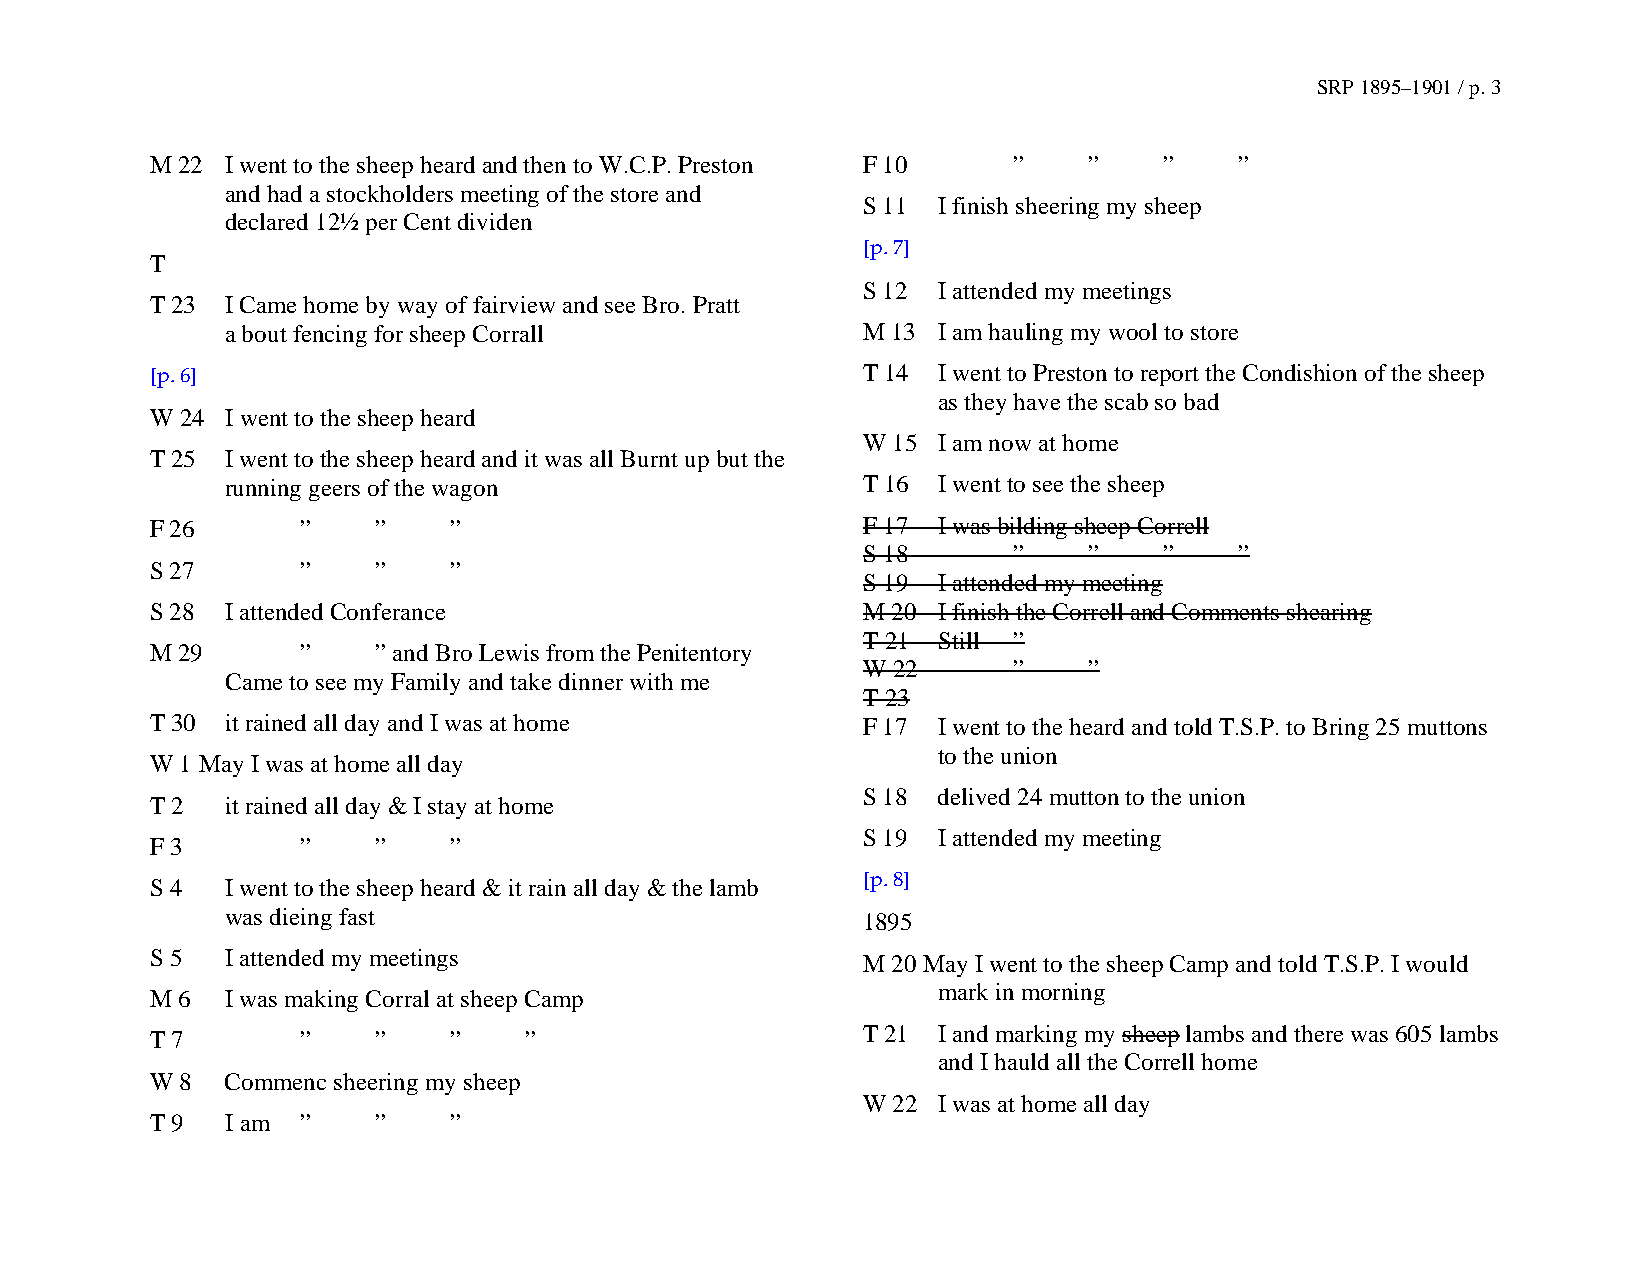
SRP 1895–1901 / p. 3
 M 22 I went to the sheep heard and then to W.C.P. Preston F 10 ” ” ”    ”
 and had a stockholders meeting of the store and
 S 11 I finish sheering my sheep
 declared 12½ per Cent dividen
 [p. 7]
 T
 S 12 I attended my meetings
 T 23 I Came home by way of fairview and see Bro. Pratt
 a bout fencing for sheep Corrall          M 13 I am hauling my wool to store
 [p. 6]                                         T 14 I went to Preston to report the Condishion of the sheep
 as they have the scab so bad
 W 24 I went to the sheep heard
 W 15 I am now at home
 T 25 I went to the sheep heard and it was all Burnt up but the
 running geers of the wagon                T 16 I went to see the sheep
 F 26      ”    ”    ”                          F 17 I was bilding sheep Correll
 S 18      ”    ”    ”    ”
 S 27      ”    ”    ”
 S 19 I attended my meeting
 S 28 I attended Conferance                     M 20 I finish the Correll and Comments shearing
 T 21 Still ”
 M 29      ”    ” and Bro Lewis from the Penitentory
 W 22      ”    ”
 Came to see my Family and take dinner with me
 T 23
 T 30 it rained all day and I was at home       F 17 I went to the heard and told T.S.P. to Bring 25 muttons
 to the union
 W 1 May I was at home all day
 S 18 delived 24 mutton to the union
 T 2  it rained all day & I stay at home
 S 19 I attended my meeting
 F 3       ”    ”    ”
 S 4  I went to the sheep heard & it rain all day & the lamb [p. 8]
 was dieing fast                           1895
 S 5  I attended my meetings                    M 20 May I went to the sheep Camp and told T.S.P. I would
 mark in morning
 M 6  I was making Corral at sheep Camp
 T 21 I and marking my sheep lambs and there was 605 lambs
 T 7       ”    ”    ”    ”
 and I hauld all the Correll home
 W 8  Commenc sheering my sheep
 W 22 I was at home all day
 T 9  I am ”    ”    ”